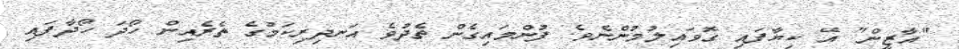
"އާޒީން" އޭ ކިޔާފައި ގޮވައިލުމުންނެވެ. ފުންމައިގެން ތެދުވެ އަނދިރިކަމުގެ ތެރެއިން ހޯދަ ހޯދާފައި